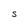
Character: S